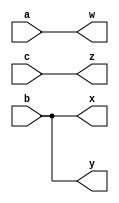
module wire4(

    input a, b, c,
    output w, x, y, z

);

    assign w = a;
    assign {x, y} = {b, b};
    assign z = c;


endmodule